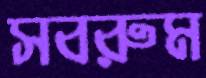
সবরুম